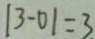
\vert 3 - 0 \vert = 3